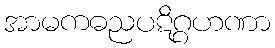
အာမကဓညပဋိဂ္ဂဟဏာ